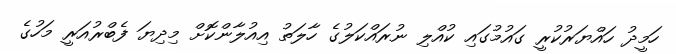
ހަމީދު ހައްޔަރުކުރީ ގައުމުގައި ކުއްލި ނުރައްކަލުގެ ހާލަތު އިއުލާންކޮށް މިދިޔަ ފެބްރުއަރީ މަހުގެ